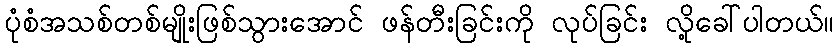
ပုံစံအသစ်တစ်မျိုးဖြစ်သွားအောင် ဖန်တီးခြင်းကို လုပ်ခြင်း လို့ခေါ်ပါတယ်။